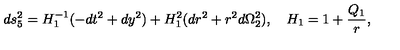
d s _ { 5 } ^ { 2 } = H _ { 1 } ^ { - 1 } ( - d t ^ { 2 } + d y ^ { 2 } ) + H _ { 1 } ^ { 2 } ( d r ^ { 2 } + r ^ { 2 } d \Omega _ { 2 } ^ { 2 } ) , \quad H _ { 1 } = 1 + { \frac { Q _ { 1 } } { r } } ,